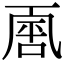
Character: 𠁈